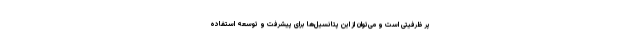
پر ظرفیتی است و می‌توان از این پتانسیل‌ها برای پیشرفت و توسعه استفاده